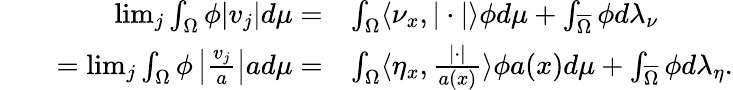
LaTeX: \begin{array}{rlrl}&{}&{\operatorname*{lim}_{j}\int_{\Omega}\phi|v_{j}|d\mu=}&{\int_{\Omega}\langle\nu_{x},|\cdot|\rangle\phi d\mu+\int_{\overline{{\Omega}}}\phi d\lambda_{\nu}}\\ &{}&{=\operatorname*{lim}_{j}\int_{\Omega}\phi\left|\frac{v_{j}}{a}\right|ad\mu=}&{\int_{\Omega}\langle\eta_{x},\frac{|\cdot|}{a(x)}\rangle\phi a(x)d\mu+\int_{\overline{{\Omega}}}\phi d\lambda_{\eta}.}\end{array}